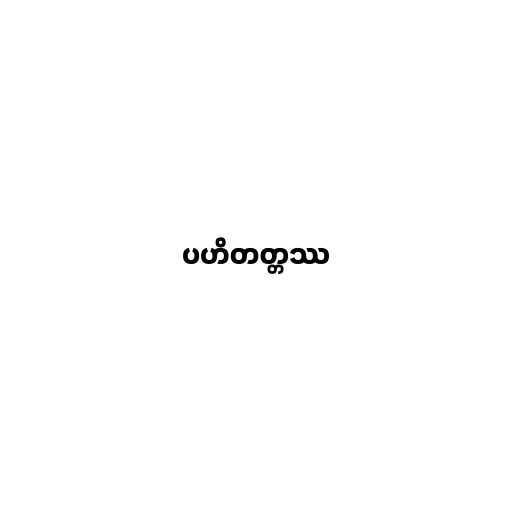
ပဟိတတ္တဿ